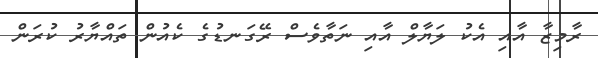
ރާމިޒާ އާއި އެކު ލަޔާލް އާއި ނަތާވެސް ރޭގަނޑުގެ ކެއުން ތައްޔާރު ކުރަން